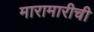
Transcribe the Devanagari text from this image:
मारामारीची